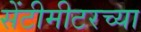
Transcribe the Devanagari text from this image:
सेंटीमीटरच्या